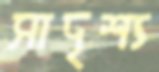
সাদৃশ্য